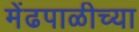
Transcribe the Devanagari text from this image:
मेंढपाळीच्या